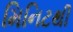
મિનિટથી